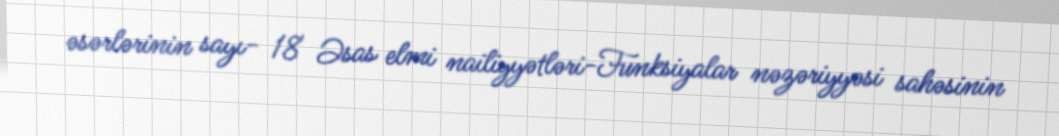
əsərlərinin sayı- 18 Əsas elmi nailiyyətləri-Funksiyalar nəzəriyyəsi sahəsinin